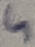
Text: 5